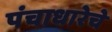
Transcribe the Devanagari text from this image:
पंचाधारेचे